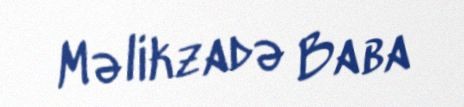
Məlikzadə Baba